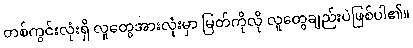
တစ်ကွင်းလုံးရှိ လူတွေအားလုံးမှာ မြတ်ကိုလို လူတွေချည်းပဲဖြစ်ပါ၏။